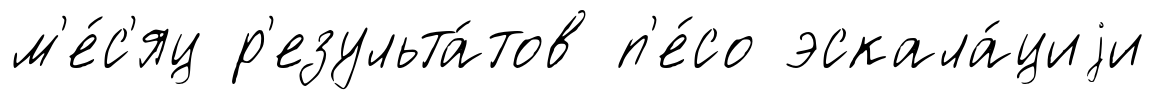
м'е́с'яц р'езульта́тов п'е́со эскала́циjи